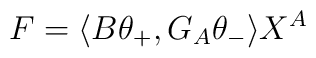
F=\langle B\theta_+, G_A\theta_-\rangle X^A